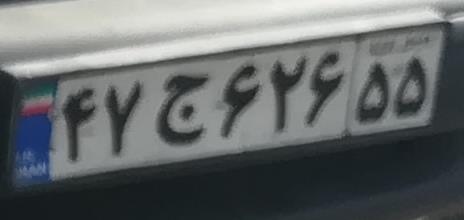
۴۷ج۶۲۶۵۵